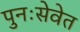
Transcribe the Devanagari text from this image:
पुनःसेवेत